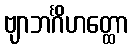
ဗျာဘင်္ဂိဟတ္ထော